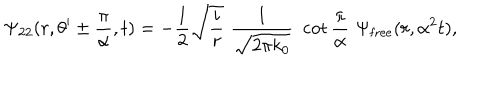
LaTeX: \Psi _ { 2 2 } ( r , \theta ^ { \prime } \pm { \frac { \pi } { \alpha } } , t ) = - { \frac { 1 } { 2 } } \sqrt { { \frac { i } { r } } } \, \, { \frac { 1 } { \sqrt { 2 \pi k _ { 0 } } } } \, \, \cot { \frac { \pi } { \alpha } } \, \, \Psi _ { \mathrm { { f r e e } } } ( r , \alpha ^ { 2 } t ) ,